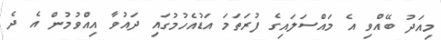
މިއަދު ބޭއްވި އެ މައްސަލައިގެ ފުރަތަމަ އަޑުއެހުމުގައި ދައުވާ އިއްވުމުން އެ ދެ